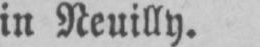
in Neuilly.